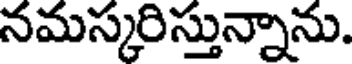
నమస్కరిస్తున్నాను.